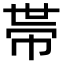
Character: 𢃄